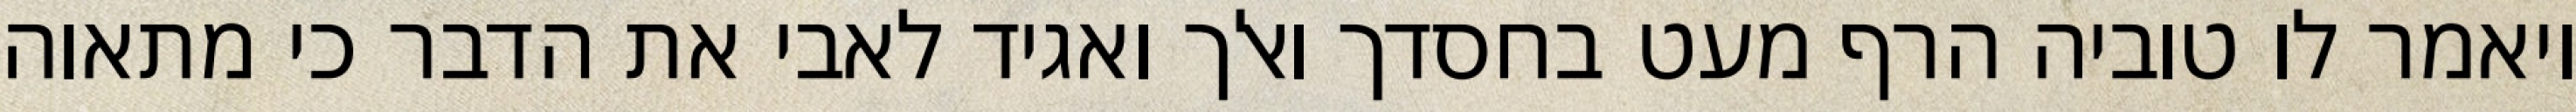
ויאמר לו טוביה הרף מעט בחסדך ואלך ואגיד לאבי את הדבר כי מתאוה